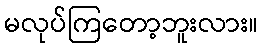
မလုပ်ကြတော့ဘူးလား။